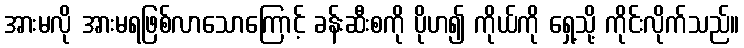
အားမလို အားမရဖြစ်လာသောကြောင့် ခန်းဆီးစကို ပိုဟ၍ ကိုယ်ကို ရှေ့သို့ ကိုင်းလိုက်သည်။